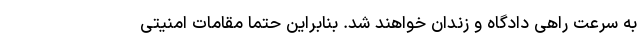
به سرعت راهی دادگاه و زندان خواهند شد. بنابراین حتماً مقامات امنیتی